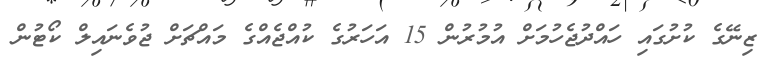
ޒިނޭގެ ކުށުގައި ހައްދުޖެހުމަށް އުމުރުން 15 އަހަރުގެ ކުއްޖެއްގެ މައްޗަށް ޖުވެނައިލް ކޯޓުން